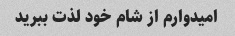
امیدوارم از شام خود لذت ببرید